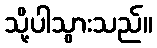
သို့ပါသွားသည်။